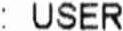
: USER